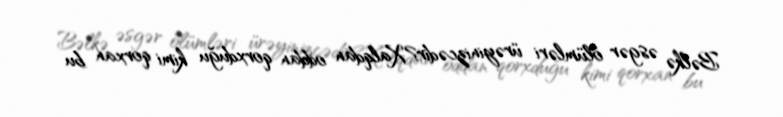
Bəlkə əsgər ölümləri ürəyinizcədir?Xalqdan oddan qorxduğu kimi qorxan bu